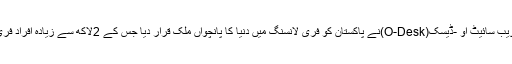
اسی سال فری لانسنگ کی بہت بڑی ویب سائیٹ او -ڈیسک(O-Desk)نے پاکستان کو فری لانسنگ میں دنیا کا پانچواں ملک قرار دیا جس کے 2لاکھ سے زیادہ افراد فری لانسر کے طور پر کام کررہے ہیں۔